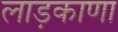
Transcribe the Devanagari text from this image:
लाड़काणा